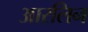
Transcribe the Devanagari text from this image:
आरलिन